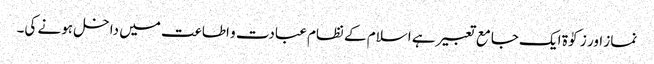
نماز اور زکوٰۃ ایک جامع تعبیر ہے اسلام کے نظام عبادت و اطاعت میں داخل ہونے کی۔